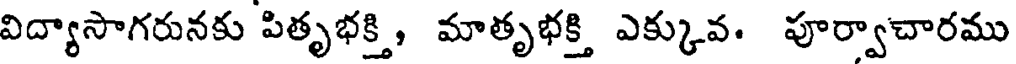
విద్యాసాగరునకు పితృభక్తి, మాతృభక్తి ఎక్కువ. పూర్వాచారము